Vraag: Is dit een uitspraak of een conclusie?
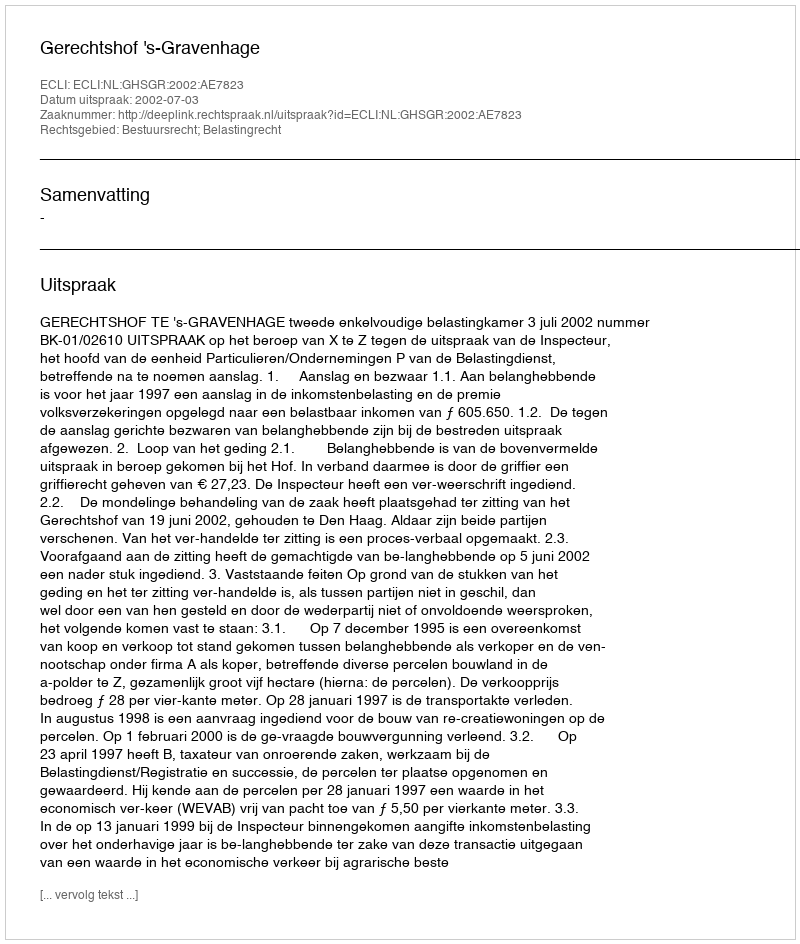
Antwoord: Uitspraak